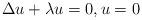
LaTeX: \begin{align*}\Delta u + \lambda u = 0, u = 0 \end{align*}